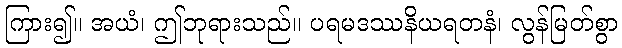
ကြား၍။ အယံ၊ ဤဘုရားသည်။ ပရမဒဿနိယရတနံ၊ လွန်မြတ်စွာ